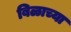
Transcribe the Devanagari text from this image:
बिळाच्या